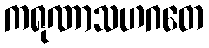
ကရုဏာသဟဂတေ